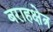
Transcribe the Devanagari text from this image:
बराहक्षेत्र